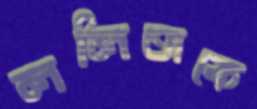
ললিতাকে